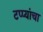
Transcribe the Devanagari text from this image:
टप्प्यांचा